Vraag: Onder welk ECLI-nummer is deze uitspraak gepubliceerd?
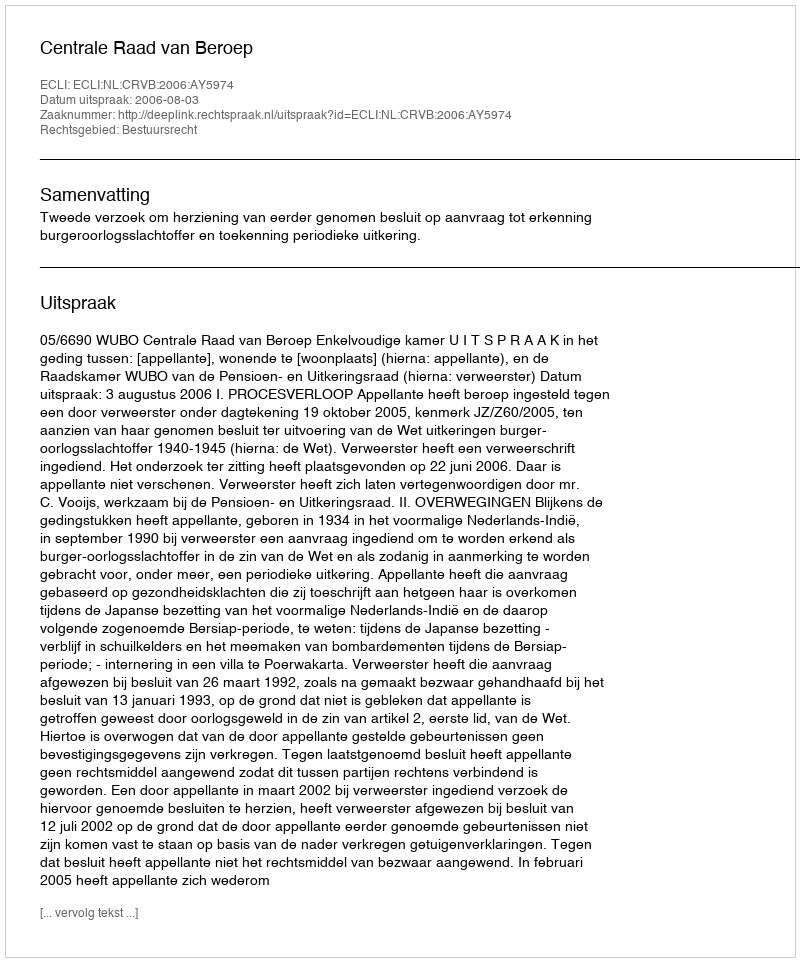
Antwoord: ECLI:NL:CRVB:2006:AY5974